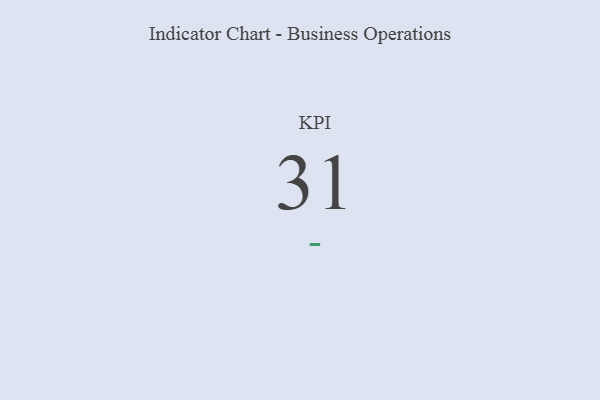
{"axis": {"x": "KPI", "y": "Value"}, "legend": [""], "data": [{"x": "KPI", "y": 31, "type": ""}]}